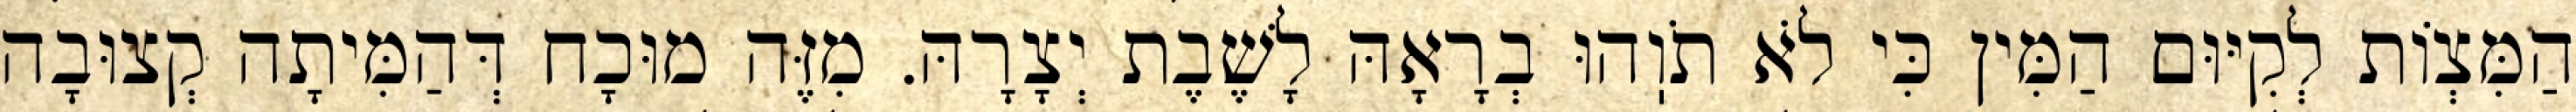
הַמִּצְוֹת לְקִיּוּם הַמִּין כִּי לֹא תֹוֽהוּ בְרָאָהּ לָשֶׁבֶת יְצָרָהּ. מִזֶּה מוּכָח דְּהַמִּיתָה קְצוּבָה